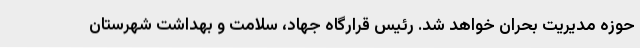
حوزه مدیریت بحران خواهد شد. رئیس قرارگاه جهاد، سلامت و بهداشت شهرستان